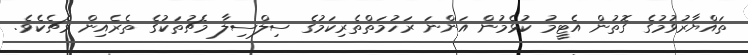
ތައްޔާރުވުމުގެ ގޮތުން އެޓީމު ކުޅެމުން އަންނަ ރަހުމަތްތެރިކަމުގެ ސިލްސިލާ މެޗުތަކުގެ ތެރެއިން މެޗެކެވެ.